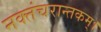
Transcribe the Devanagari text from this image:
नक्तंचरान्तकम्‌।